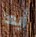
أيها